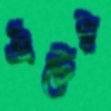
এঁটেই